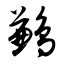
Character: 鹣